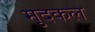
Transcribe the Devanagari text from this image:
मुदकल